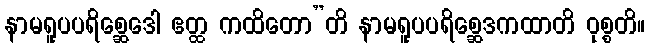
နာမရူပပရိစ္ဆေဒေါ ဧတ္ထ ကထိတော”တိ နာမရူပပရိစ္ဆေဒကထာတိ ဝုစ္စတိ။